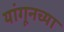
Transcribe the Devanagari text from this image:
यांगूनच्या